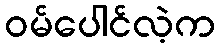
ဝမ်ပေါင်လဲ့က